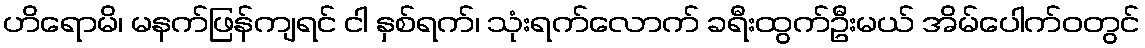
ဟိရောမိ၊ မနက်ဖြန်ကျရင် ငါ နှစ်ရက်၊ သုံးရက်လောက် ခရီးထွက်ဦးမယ် အိမ်ပေါက်ဝတွင်